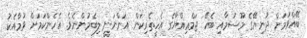
ބޭއްވުމަށް ދުނިޔޭގެ މޫސުމާއި ބެހޭ ޖަމްޢިއްޔާގެ އެހީތެރިކަން އަންނަނީ ލިބެމުންނެވެ. އެހެންކަމަށް ވުމާއެކު